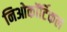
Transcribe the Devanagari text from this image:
निओकॉर्टिकल